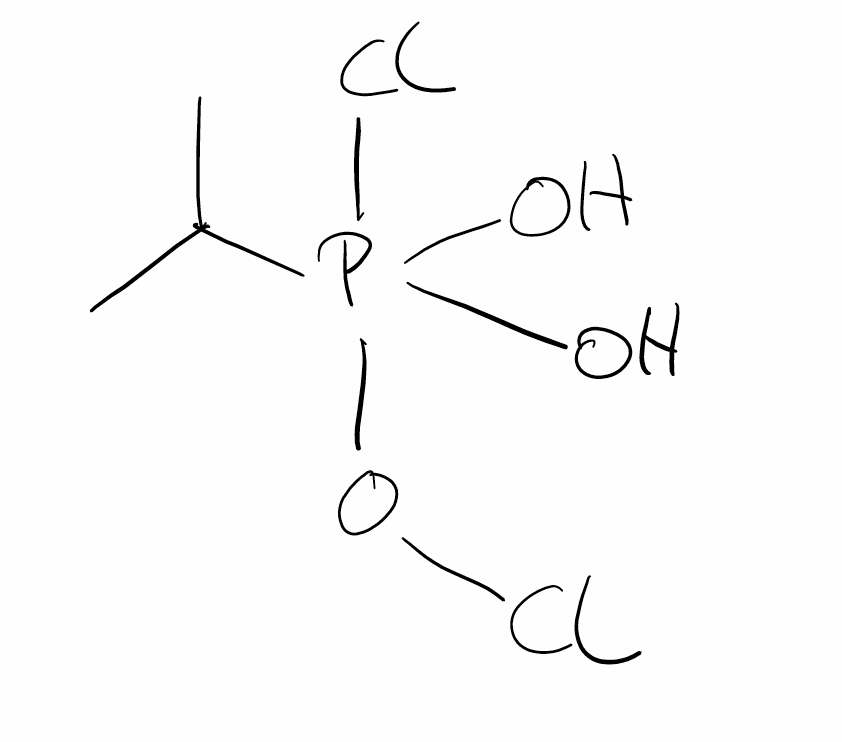
Simplified molecular-input line-entry system (SMILES) notation of the given molecule:
CC(C)P(O)(O)(OCl)Cl